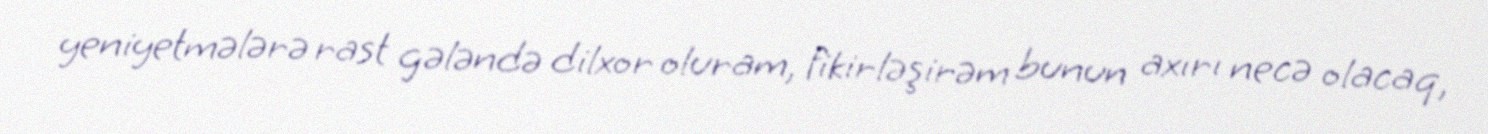
yeniyetmələrə rast gələndə dilxor oluram, fikirləşirəm bunun axırı necə olacaq,